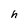
Character: h